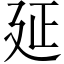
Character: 延